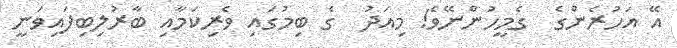
އޭ އަހުރެންގެ  ގެމީހުންނޭވެ! މިއަދު  ގެ ބިމުގައި ވެރިކަމާއި ބާރުލިބިފައިވަނީ